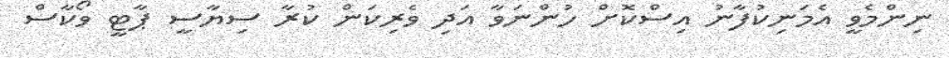
ނިންމެވީ އެމަނިކުފާނު އިސްކޮށް ހުންނަވާ އަދި ވެރިކަން ކުރާ ސިޔާސީ ޕާޓީ ވޯކާސް